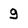
Character: 9